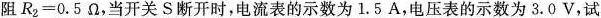
阻$$R_{2}=0.5Ω$$，当开关S断开时，电流表的示数为1.5A，电压表的示数为3.0V，试